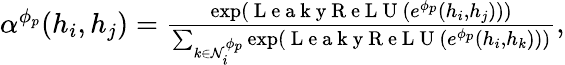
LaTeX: \begin{array}{r}{\begin{array}{r}{\alpha^{\phi_{p}}(h_{i},h_{j})=\frac{\exp(\mathrm{~L~e~a~k~y~R~e~L~U~}(e^{\phi_{p}}(h_{i},h_{j})))}{\sum_{k\in\mathcal{N}_{i}^{\phi_{p}}}\exp(\mathrm{~L~e~a~k~y~R~e~L~U~}(e^{\phi_{p}}(h_{i},h_{k})))},}\end{array}}\end{array}